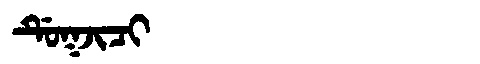
Manchu: ᡩᡠᡴᠵᡳᠴᡳ
Romanization: DUKJICI